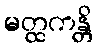
မတ္ထကန္တိ